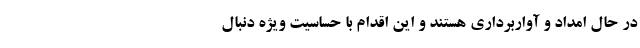
در حال امداد و آواربرداری هستند و این اقدام با حساسیت ویژه دنبال